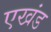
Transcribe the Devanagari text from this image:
एखंड